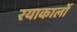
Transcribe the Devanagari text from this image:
रयाकार्लो